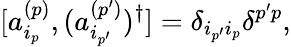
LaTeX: [a_{i_{p}}^{(p)},(a_{i_{p^{\prime}}}^{(p^{\prime})})^{\dagger}]=\delta_{i_{p^{\prime}}i_{p}}\delta^{p^{\prime}p},